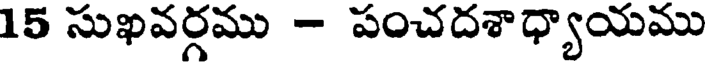
15 సుఖవర్గము - పంచదశాధ్యాయము